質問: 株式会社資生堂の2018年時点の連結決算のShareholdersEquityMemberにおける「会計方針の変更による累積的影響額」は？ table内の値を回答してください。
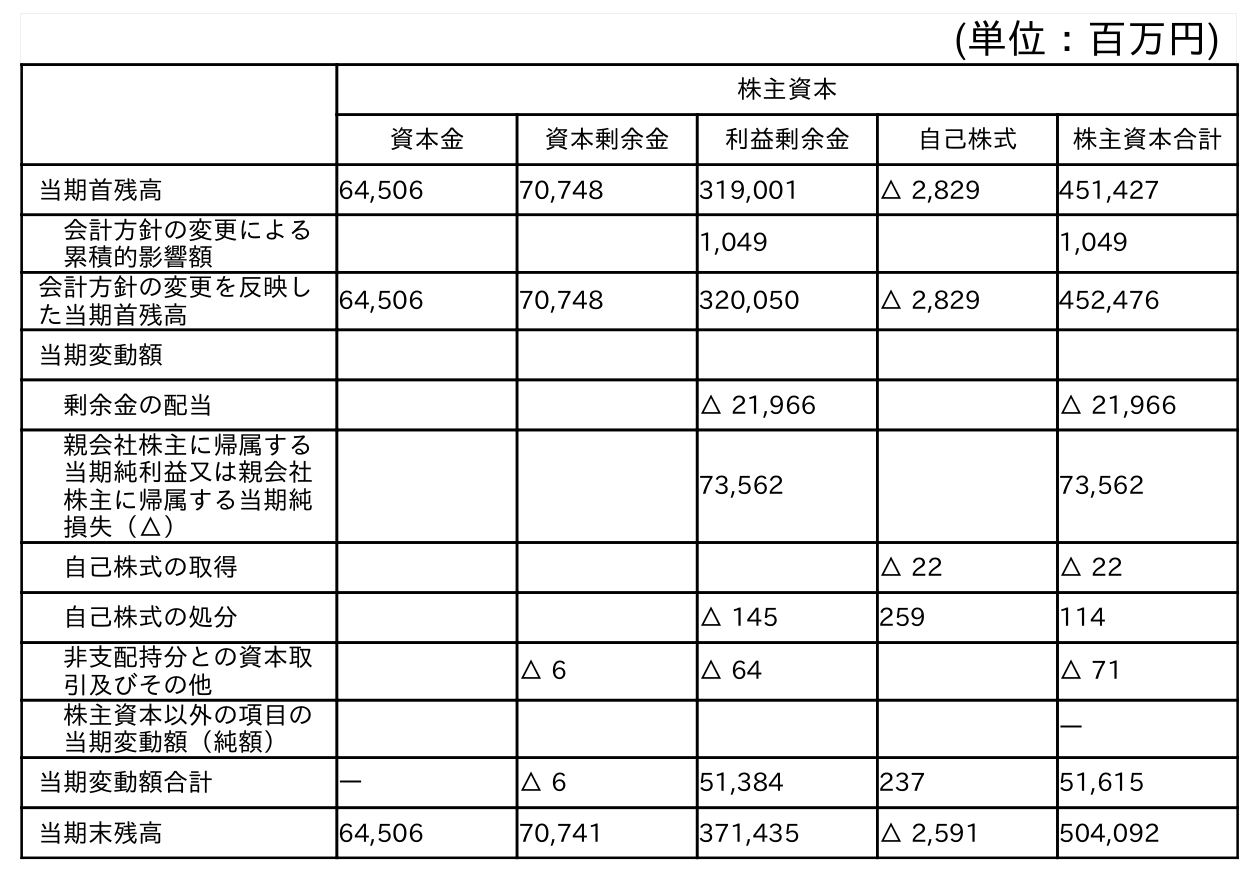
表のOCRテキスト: (単位：百万円) 株主資本 資本金 資本剰余金 利益剰余金 自己株式 株主資本合計 当期首残高 64,506 70,748 319,001 △ 2,829 451,427 会計方針の変更による 累積的影響額 1,049 1,049 会計方針の変更を反映し た当期首残高 64,506 70,748 320,050 △ 2,829 452,476 当期変動額 剰余金の配当 △ 21,966 △ 21,966 親会社株主に帰属する 当期純利益又は親会社 株主に帰属する当期純 損失（△） 73,562 73,562 自己株式の取得 △ 22 △ 22 自己株式の処分 △ 145 259 114 非支配持分との資本取 引及びその他 △ 6 △ 64 △ 71 株主資本以外の項目の 当期変動額（純額） ― 当期変動額合計 ― △ 6 51,384 237 51,615 当期末残高 64,506 70,741 371,435 △ 2,591 504,092
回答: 1,049